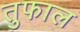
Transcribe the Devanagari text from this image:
तुफाल